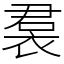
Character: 裠